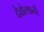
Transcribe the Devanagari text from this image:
देवोत्थानी